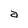
Character: a